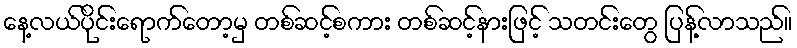
နေ့လယ်ပိုင်းရောက်တော့မှ တစ်ဆင့်စကား တစ်ဆင့်နားဖြင့် သတင်းတွေ ပြန့်လာသည်။